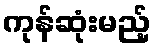
ကုန်ဆုံးမည့်